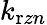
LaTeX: k_{\mathrm{r}zn}